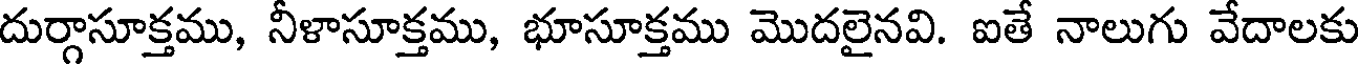
దుర్గాసూక్తము, నీళాసూక్తము, భూసూక్తము మొదలైనవి. ఐతే నాలుగు వేదాలకు